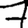
Digit: 7